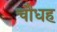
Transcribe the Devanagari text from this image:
चौधह